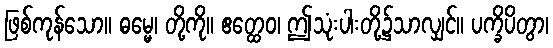
ဖြစ်ကုန်သော။ ဓမ္မေ၊ တို့ကို။ ဧတ္ထေဝ၊ ဤသုံးပါးတို့၌သာလျှင်။ ပက္ခိပိတွာ၊